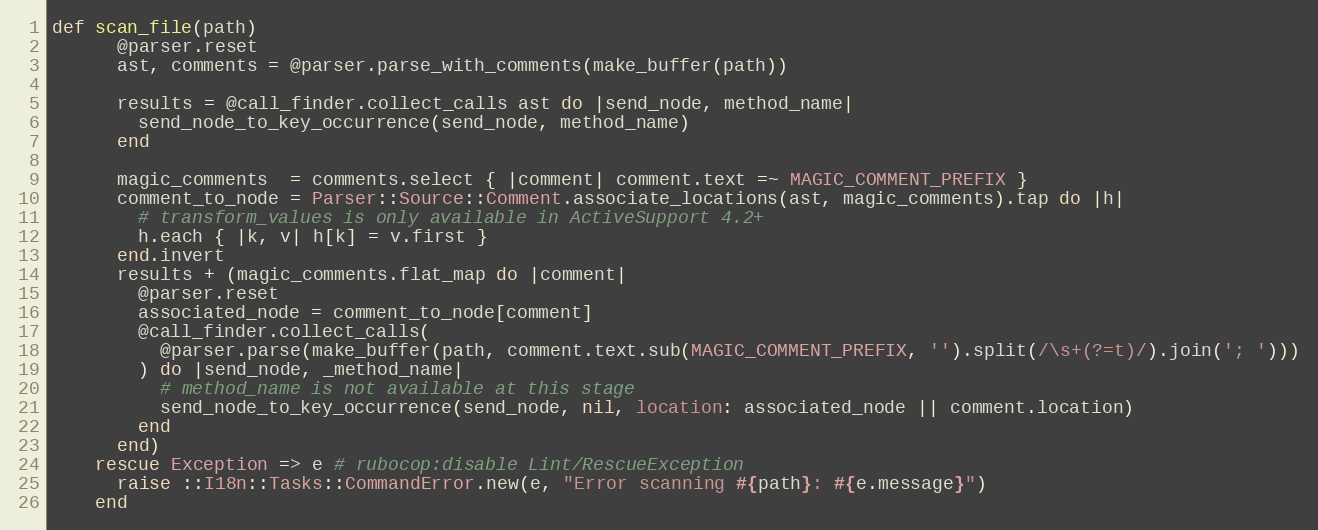
Language: Ruby
def scan_file(path)
      @parser.reset
      ast, comments = @parser.parse_with_comments(make_buffer(path))

      results = @call_finder.collect_calls ast do |send_node, method_name|
        send_node_to_key_occurrence(send_node, method_name)
      end

      magic_comments  = comments.select { |comment| comment.text =~ MAGIC_COMMENT_PREFIX }
      comment_to_node = Parser::Source::Comment.associate_locations(ast, magic_comments).tap do |h|
        # transform_values is only available in ActiveSupport 4.2+
        h.each { |k, v| h[k] = v.first }
      end.invert
      results + (magic_comments.flat_map do |comment|
        @parser.reset
        associated_node = comment_to_node[comment]
        @call_finder.collect_calls(
          @parser.parse(make_buffer(path, comment.text.sub(MAGIC_COMMENT_PREFIX, '').split(/\s+(?=t)/).join('; ')))
        ) do |send_node, _method_name|
          # method_name is not available at this stage
          send_node_to_key_occurrence(send_node, nil, location: associated_node || comment.location)
        end
      end)
    rescue Exception => e # rubocop:disable Lint/RescueException
      raise ::I18n::Tasks::CommandError.new(e, "Error scanning #{path}: #{e.message}")
    end